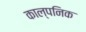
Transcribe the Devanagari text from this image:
काल्‍पनिक